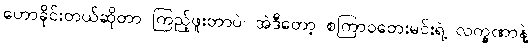
ဟောခိုင်းတယ်ဆိုတာ ကြည့်ဖူးတာပဲ၊ အဲဒီတော့ စကြာဝတေးမင်းရဲ့ လက္ခဏာနဲ့